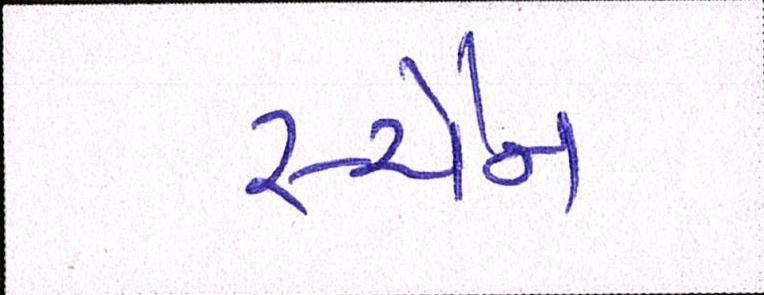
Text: સ્ચૈન